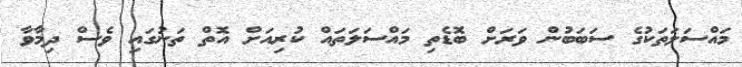
މައްސަލަތަކުގެ ސަބަބުން ވަރަށް ބޮޑެތި މައްސަލަތައް ކުރިއަށް އޮތް ތަނުގައި ވެސް ދިމާވާ